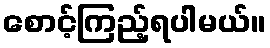
စောင့်ကြည့်ရပါမယ်။